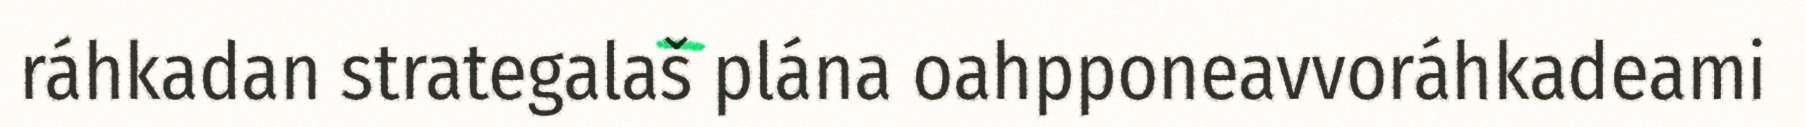
ráhkadan strategalaš plána oahpponeavvoráhkadeami